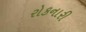
રોકનારી